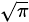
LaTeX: \scriptstyle{\sqrt{\pi}}